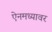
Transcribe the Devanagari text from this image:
ऐनमध्यावर